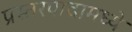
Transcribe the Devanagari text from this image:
प्रस्तरपादामध्ये